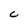
Character: C